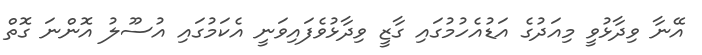
އޭނާ ވިދާޅުވީ މިއަދުގެ އަޑުއެހުމުގައި ގާޒީ ވިދާޅުވެފައިވަނީ އެކަމުގައި އުސޫލު އޮންނަ ގޮތް